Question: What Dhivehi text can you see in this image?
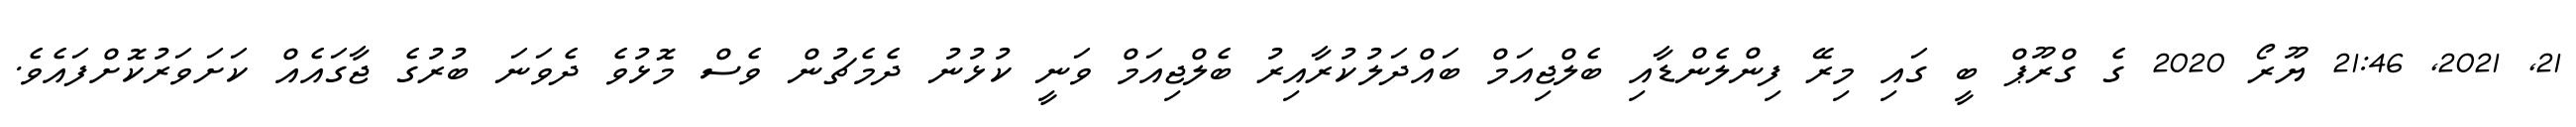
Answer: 21, 2021, 21:46 ޔޫރޯ 2020 ގެ ގްރޫޕް ބީ ގައި މިރޭ ފިންލެންޑާއި ބެލްޖިއަމް ބައްދަލުކުރާއިރު ބެލްޖިއަމް ވަނީ ކުޅުނު ދެމެޗުން ވެސް މޮޅުވެ ދެވަނަ ބުރުގެ ޖާގައެއް ކަށަވަރުކޮށްފައެވެ.